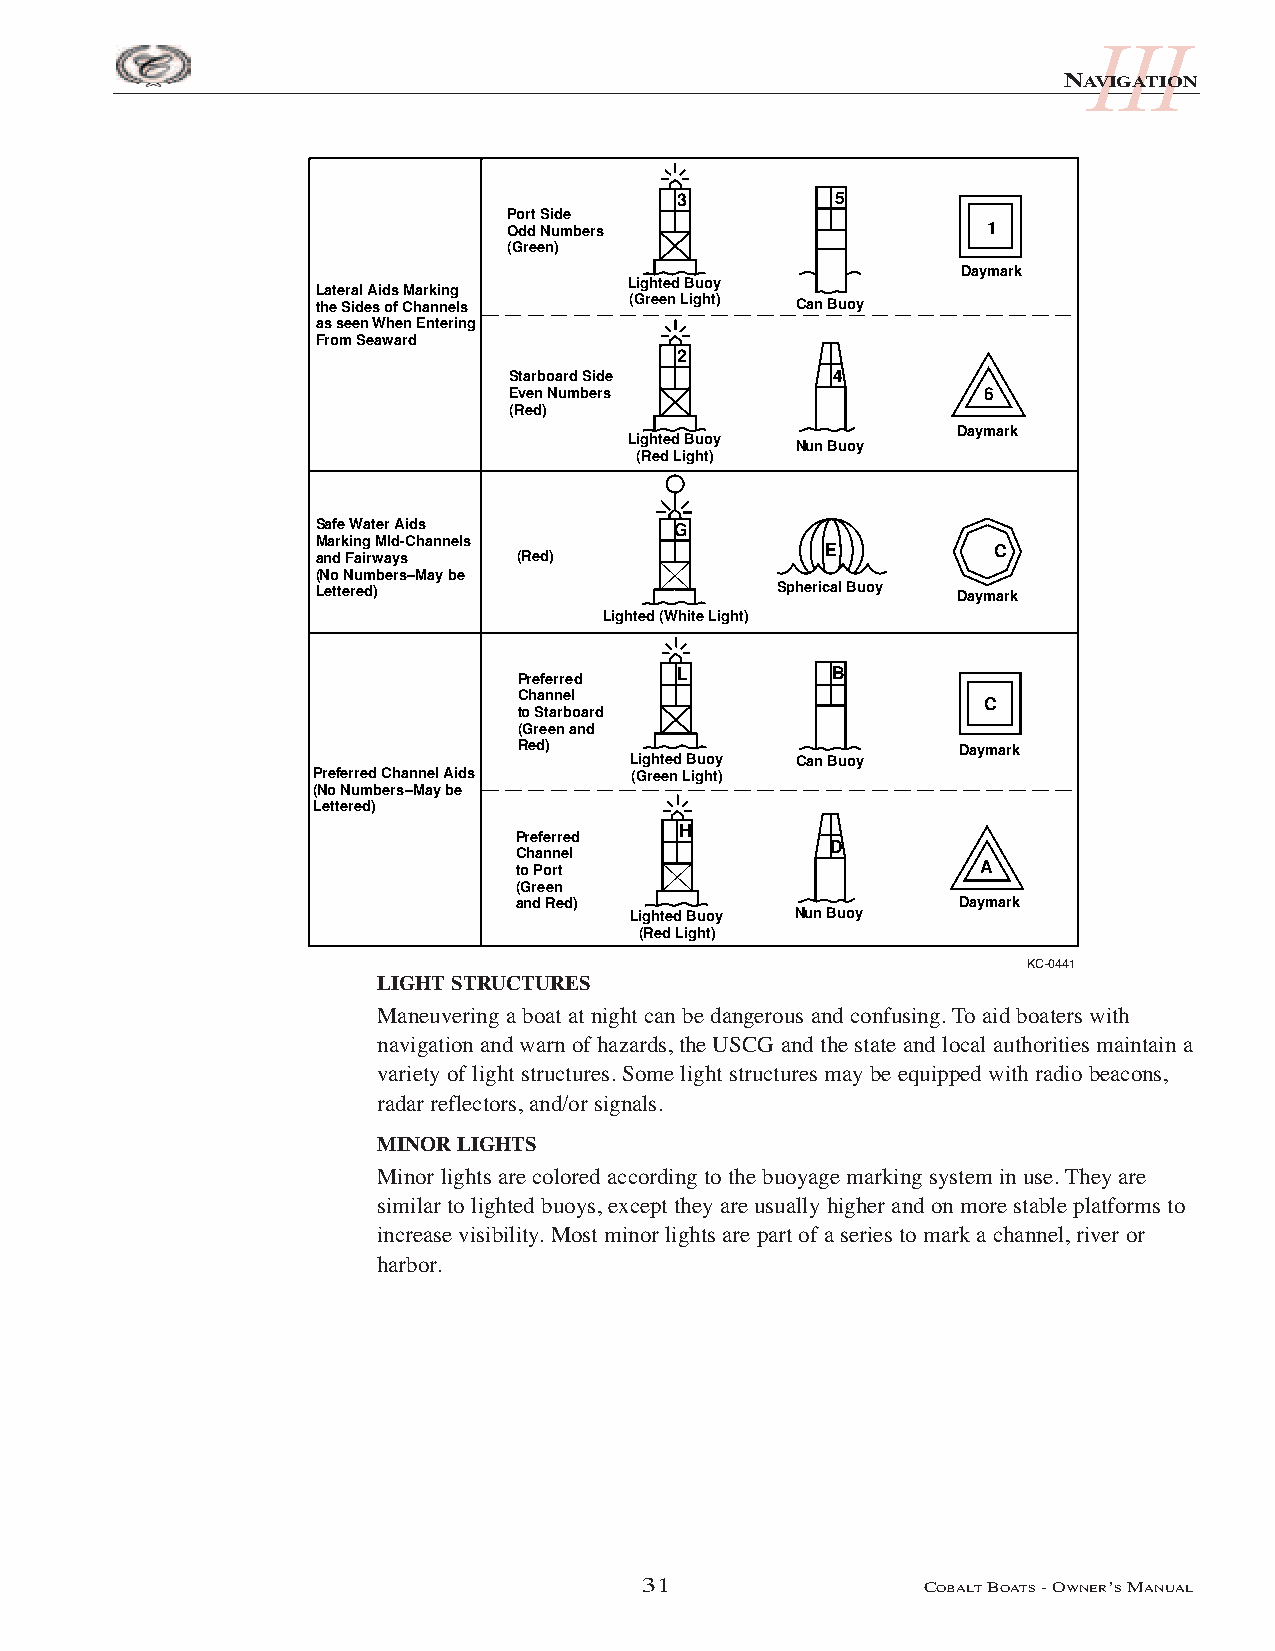
III
 NAVIGATION
 3         5
 Port Side
 Odd Numbers                    1
 (Green)
 Daymark
 Lighted Buoy
 Lateral Aids Marking
 the Sides of Channels (Green Light) Can Buoy
 as seen When Entering
 From Seaward
 2
 Starboard Side       4
 Even Numbers                   6
 (Red)
 Daymark
 Lighted Buoy
 Nun Buoy
 (Red Light)
 Safe Water Aids         G
 Marking MId-Channels
 and Fairways (Red)                E          C
 (No Numbers–May be
 Lettered)                     Spherical Buoy Daymark
 Lighted (White Light)
 Preferred  L         B
 Channel
 C
 to Starboard
 (Green and
 Red)                         Daymark
 Lighted Buoy Can Buoy
 Preferred Channel Aids (Green Light)
 (No Numbers–May be
 Lettered)
 H
 Preferred
 D
 Channel
 to Port                        A
 (Green
 and Red)                     Daymark
 Lighted Buoy Nun Buoy
 (Red Light)
 KC-0441
 LIGHT STRUCTURES
 Maneuvering a boat at night can be dangerous and confusing. To aid boaters with
 navigation and warn of hazards, the USCG and the state and local authorities maintain a
 variety of light structures. Some light structures may be equipped with radio beacons,
 radar reflectors, and/or signals.
 MINOR LIGHTS
 Minor lights are colored according to the buoyage marking system in use. They are
 similar to lighted buoys, except they are usually higher and on more stable platforms to
 increase visibility. Most minor lights are part of a series to mark a channel, river or
 harbor.
 31                 COBALTBOATS- OWNER’SMANUAL